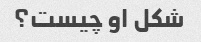
شکل او چیست؟